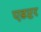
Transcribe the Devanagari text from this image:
एडप्टर